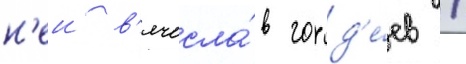
н'еи в'ячесла́в горд'е́ев /